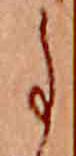
事